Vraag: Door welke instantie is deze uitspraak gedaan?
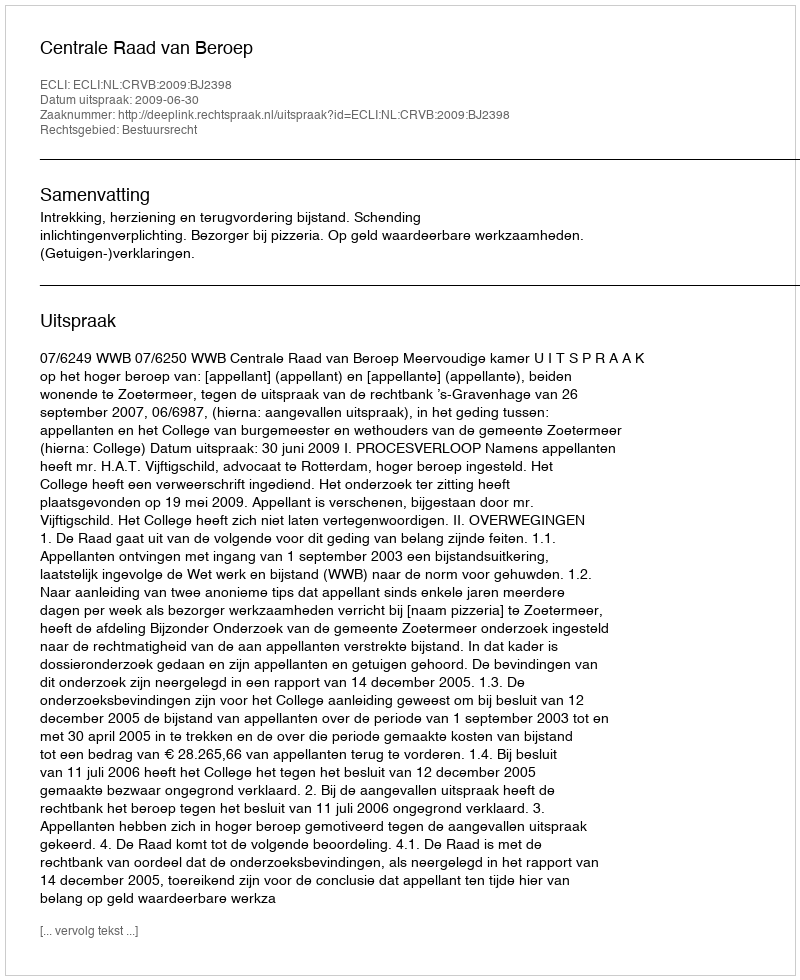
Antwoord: Centrale Raad van Beroep